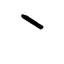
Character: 丶